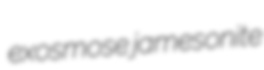
exosmose jamesonite